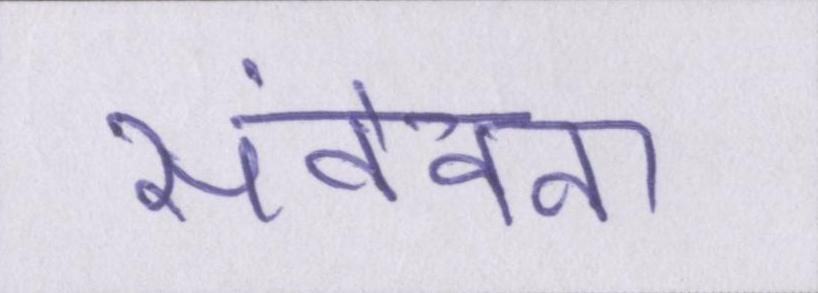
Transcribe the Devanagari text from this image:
संवेदना